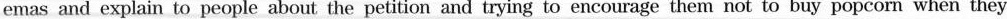
emas and explain to people about the petition and trying to encourage them not to buy popcorn when they